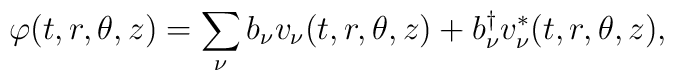
\varphi(t,r,\theta,z)=\sum_{\nu}b_{\nu}v_{\nu}(t,r,\theta,z)+b_{\nu}^{\dag}v_{\nu}^{*}(t,r,\theta,z),